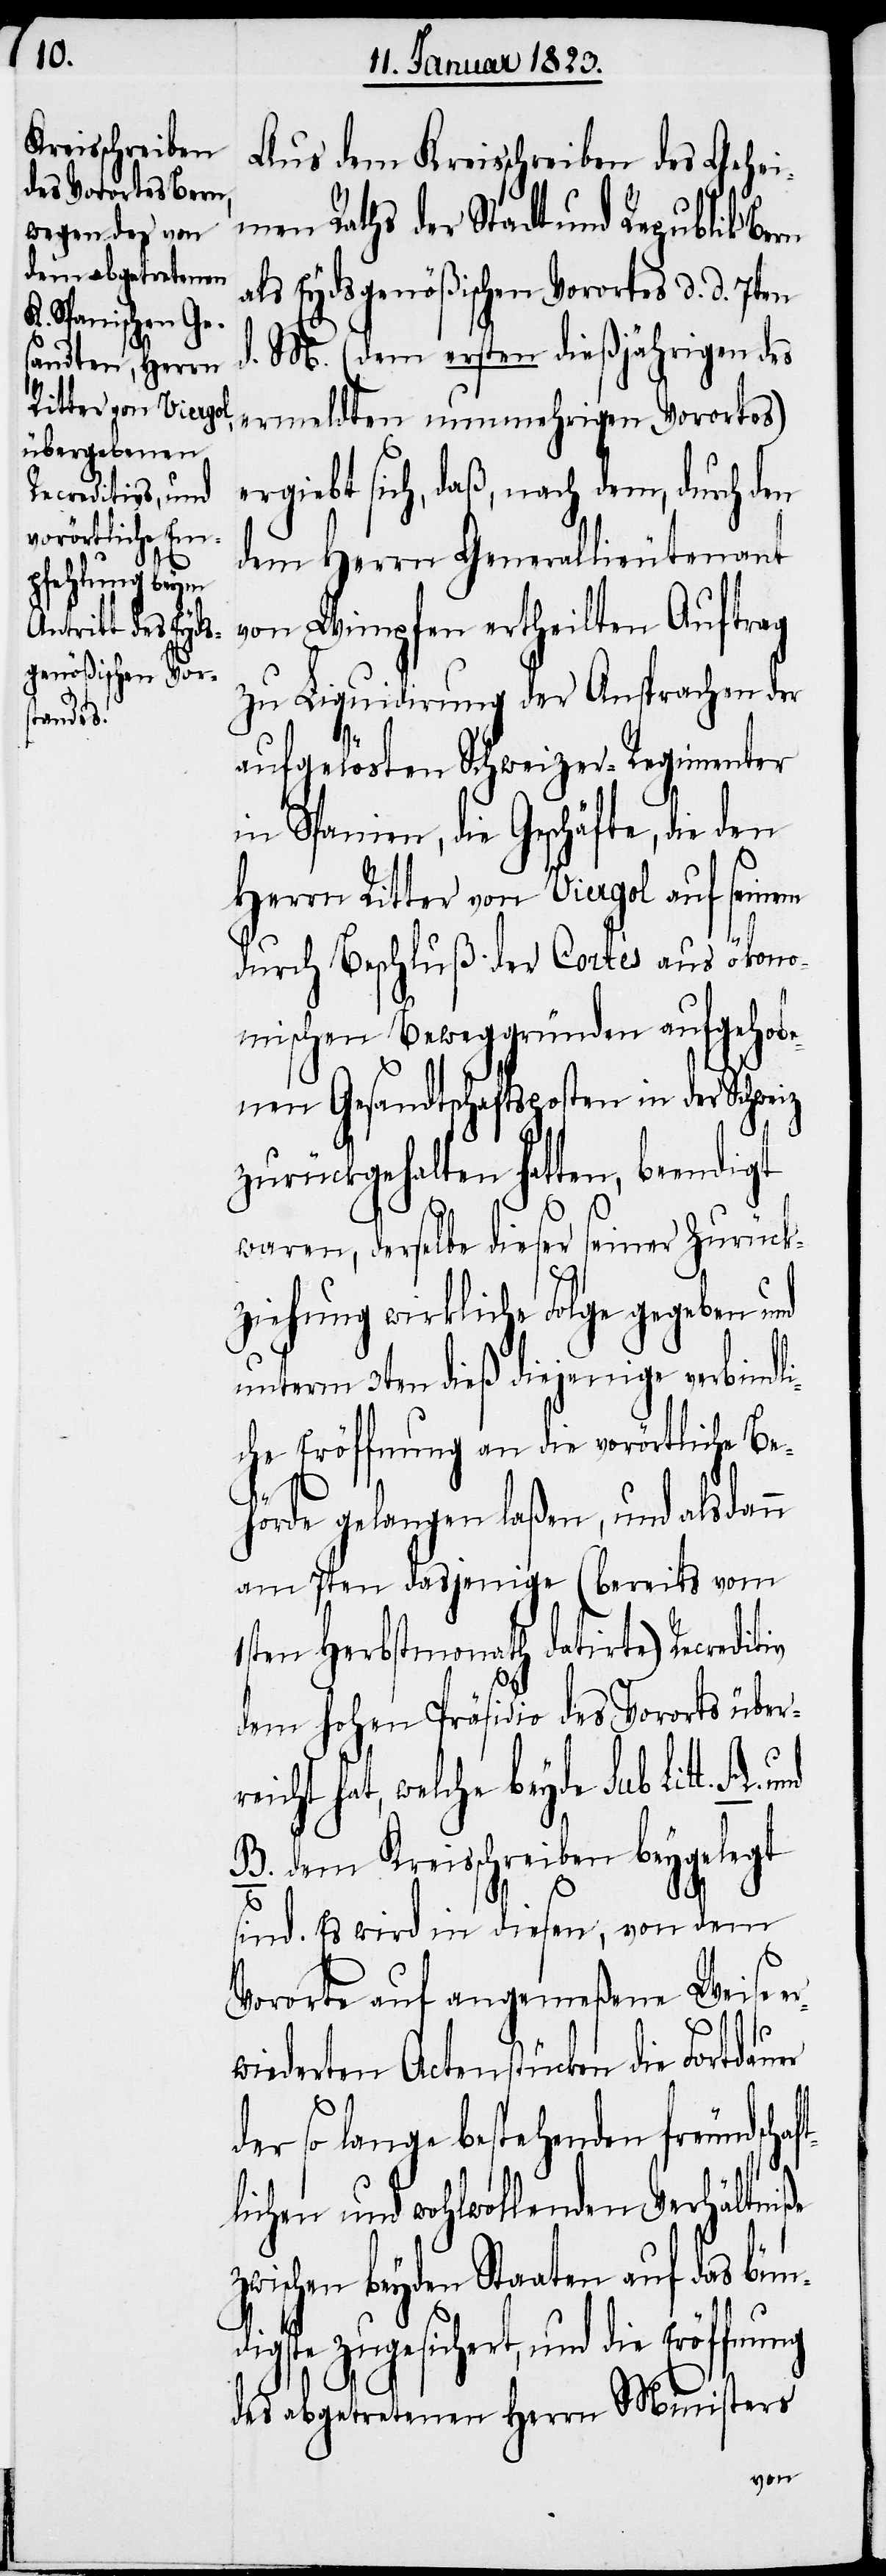
Aus dem Kreisschreiben des Gehei¬
men Raths der Stadt und Republik Bern
als Eydsgenößischen Vorortes d. d. 7ten
d. M. (dem ersten dießjährigen des
ermeldten nunmehrigen Vorortes)
ergiebt sich, daß, nach dem, durch den
dem Herrn Generallieutenant
von Wimpfen ertheilten Auftrag
zu Liquidirung der Ansprachen der
die
aufgelösten Schweizer-Regimenter
in Spanien, die Geschäfte, die den
Herrn Ritter von Viergol auf seinem
durch Beschluß der Cortès aus ökono¬
mischen Beweggründen aufgehobe¬
nen Gesandtschaftsposten in der Schweiz
zurückgehalten hatten, beendigt
waren, derselbe dieser seiner Zurück¬
ziehung wirkliche Folge gegeben und
unterm 3ten dieß diejenige verbindl¬
iche Eröffnung an die vorörtliche Be¬
ste
A.
hörde gelangen laßen, und alsdann
am 7ten dasjenige (bereits vom
1sten Herbstmonath datirte) Recreditiv
dem hohen Präsidio des Vororts über¬
icht hat, welche beyde sub Lit¬
B. dem Kreisschreiben beygelegt
sind. Es wird in diesen, von dem
Vororte auf angemeßene Weise
er¬
wiederten Actenstücken die Fortdauer
der so lange bestehenden freundscha¬
lichen und wohlwollenden Verhältniße
zwischen beyden Staaten auf das bün¬
des abgetretenen Herrn Ministers